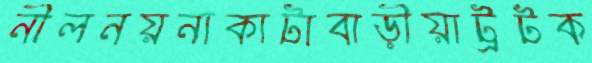
নীলনয়নাকাটাবাড়ীয়াট্রটক